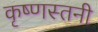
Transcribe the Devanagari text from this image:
कृष्णस्तनी